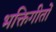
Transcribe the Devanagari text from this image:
भक्तिगीतोँ